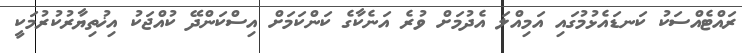
ރައްޓެއްސަކު ކަނޑައެޅުމުގައި އަމިއްލަ އެދުމަށް ވުރެ އަނެކާގެ ކަންކަމަށް އިސްކަންދޭ ކުއްޖަކު އިޚުތިޔާރުކުރުމަކީ